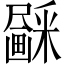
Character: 𱱃